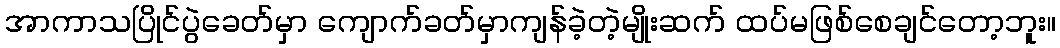
အာကာသပြိုင်ပွဲခေတ်မှာ ကျောက်ခတ်မှာကျန်ခဲ့တဲ့မျိုးဆက် ထပ်မဖြစ်စေချင်တော့ဘူး။